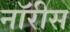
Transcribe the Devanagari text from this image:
नॉरीस